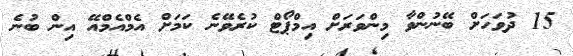
15 ދުވަހަށް ބޭނުންވާ މިންވަރަށް އިމްޕޯޓް ކުރެވޭނެ ކަމަށް އެމްއެމްއޭ އިން ބުނެ